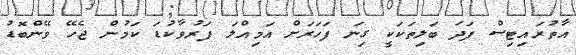
އާތުރައިޓިސް ފަދަ ބަލިތަކަކީ ގިނަ ފަހަރަށް އަމިއްލަ ފަރުވާކުޑަ ކަމުން ޖެހޭ ވޭންބޮޑު